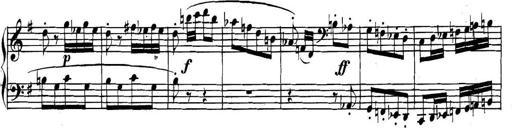
Title: Collected Piano Sonatas
Composer: Muzio Clementi